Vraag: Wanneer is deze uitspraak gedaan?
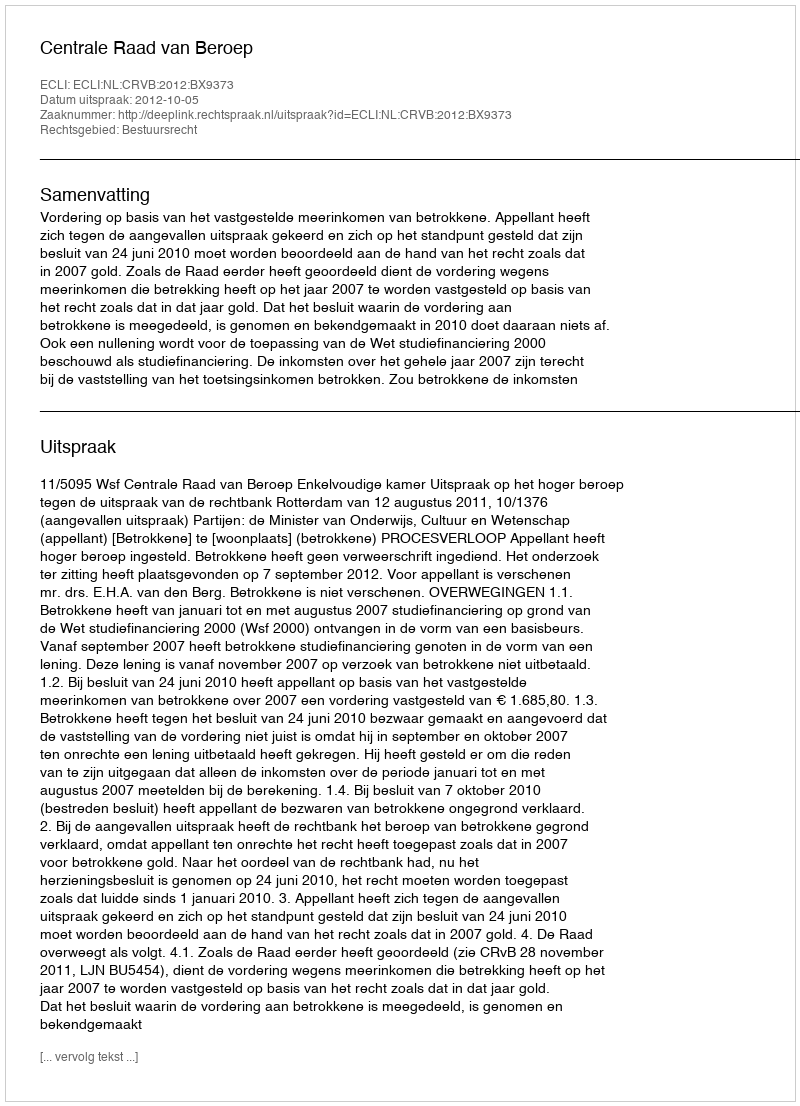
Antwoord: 2012-10-05